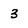
Character: 3